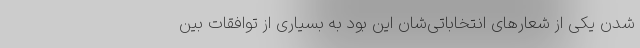
شدن یکی از شعارهای انتخاباتی‌شان این بود به بسیاری از توافقات بین